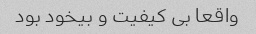
واقعا بی کیفیت و بیخود بود